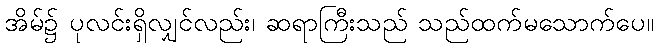
အိမ်၌ ပုလင်းရှိလျှင်လည်း၊ ဆရာကြီးသည် သည်ထက်မသောက်ပေ။